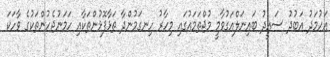
އަހުމަދު އަބުދު ސައީދު ބައިނަލްއަގުވާމީ މުޖްތަމައުގައި މިހާރު ހިނގަމުންދާ ތަޅާފޮޅުންތަކާއި ހަމަނުޖެހުންތަކުގެ ވާހަކަ